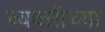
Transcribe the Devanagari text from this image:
व्‍यक्‍तीच्‍या